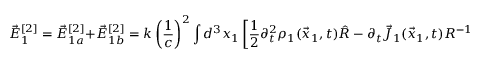
\vec { E } _ { 1 } ^ { [ 2 ] } = \vec { E } _ { 1 a } ^ { [ 2 ] } + \vec { E } _ { 1 b } ^ { [ 2 ] } = k \left( \frac { 1 } { c } \right) ^ { 2 } \int d ^ { 3 } x _ { 1 } \left[ \frac { 1 } { 2 } \partial _ { t } ^ { 2 } \rho _ { 1 } ( \vec { x } _ { 1 } , t ) \hat { R } - \partial _ { t } \vec { J } _ { 1 } ( \vec { x } _ { 1 } , t ) R ^ { - 1 } \right]